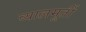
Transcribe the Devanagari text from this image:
व्यालमूर्ती